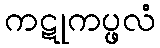
ကဋုကပ္ဖလံ